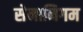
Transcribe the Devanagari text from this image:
सेनानिगम